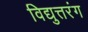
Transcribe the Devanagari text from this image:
विद्युत्तरंग